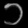
Digit: ၁